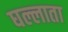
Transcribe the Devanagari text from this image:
घल्लाता